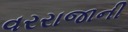
વરરાજાની